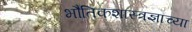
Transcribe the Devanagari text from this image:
भौतिकशास्त्रज्ञाच्या